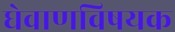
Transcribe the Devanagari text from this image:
घेवाणविषयक